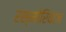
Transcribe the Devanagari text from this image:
रस्मोरिवाज